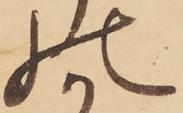
の